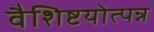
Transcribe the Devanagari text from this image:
वैशिष्टयोत्पन्न